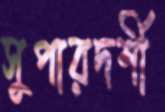
সুপারদর্শী